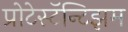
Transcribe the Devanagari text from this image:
प्रोटेस्टॅन्टिझम